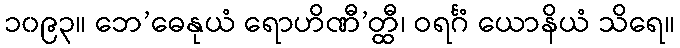
၁၀၉၃။ ဘေ’ဓေနုယံ ရောဟိဏီ’တ္ထီ၊ ဝရင်္ဂံ ယောနိယံ သိရေ။